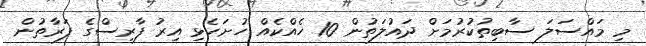
މި މައްސަލަ ސާބިތުކުރުމަށް ދައުލަތުން 10 ހެއްކެއް ހުށަހެޅި އިރު ފާރިސްގެ ފަރާތުން